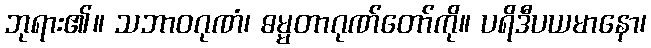
ဘုရား၏။ သဘာဝဂုဏံ၊ ဓမ္မတာဂုဏ်တော်ကို။ ပရိဒီပယမာနော၊